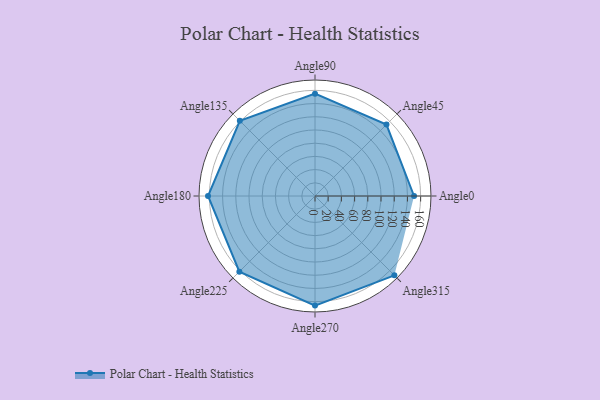
{"axis": {"x": "Angle", "y": "Radius"}, "legend": [""], "data": [{"x": "Angle0", "y": 150.0, "type": ""}, {"x": "Angle45", "y": 153.0, "type": ""}, {"x": "Angle90", "y": 155.0, "type": ""}, {"x": "Angle135", "y": 161.0, "type": ""}, {"x": "Angle180", "y": 162.0, "type": ""}, {"x": "Angle225", "y": 162.0, "type": ""}, {"x": "Angle270", "y": 166.0, "type": ""}, {"x": "Angle315", "y": 170, "type": ""}]}